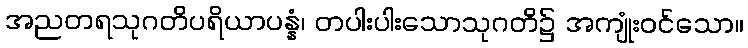
အညတရသုဂတိပရိယာပန္နံ၊ တပါးပါးသောသုဂတိ၌ အကျုံးဝင်သော။